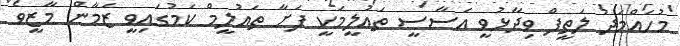
މުހައްމަދު ލަތީފް ވިދާޅުވީ އަސާސީ ތައުލީމަކީ ފަށާ ތައުލީމް ކަމުގައިވީ ޒަމާން މާޒީވެ